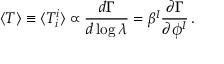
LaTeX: \langle T \rangle \equiv \langle T _ { i } ^ { i } \rangle \propto { \frac { d \Gamma } { d \log \lambda } } = \beta ^ { I } { \frac { \partial \Gamma } { \partial \phi ^ { I } } } \, .